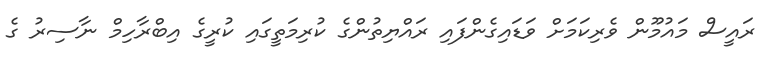
ރައީސް މައުމޫން ވެރިކަމަށް ވަޑައިގެންފައި ރައްޔިތުންގެ ކުރިމަތީގައި ކުރީގެ އިބްރާހިމް ނާސިރު ގެ